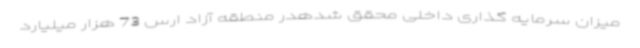
میزان سرمایه گذاری داخلی محقق شدهدر منطقه آزاد ارس 73 هزار میلیارد